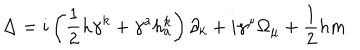
LaTeX: \Delta = i \left( \frac 1 2 h \gamma ^ { k } + \gamma ^ { a } h _ { a } ^ { k } \right) \partial _ { k } + i \gamma ^ { \mu } \Omega _ { \mu } + \frac 1 2 h m